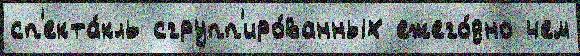
сп'екта́кль сгрупп'иро́ванных ежего́дно чем